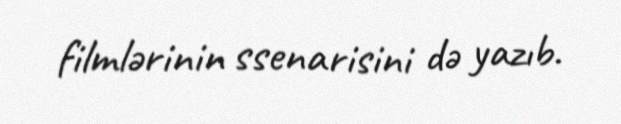
filmlərinin ssenarisini də yazıb.